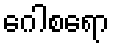
ဂေါစရော